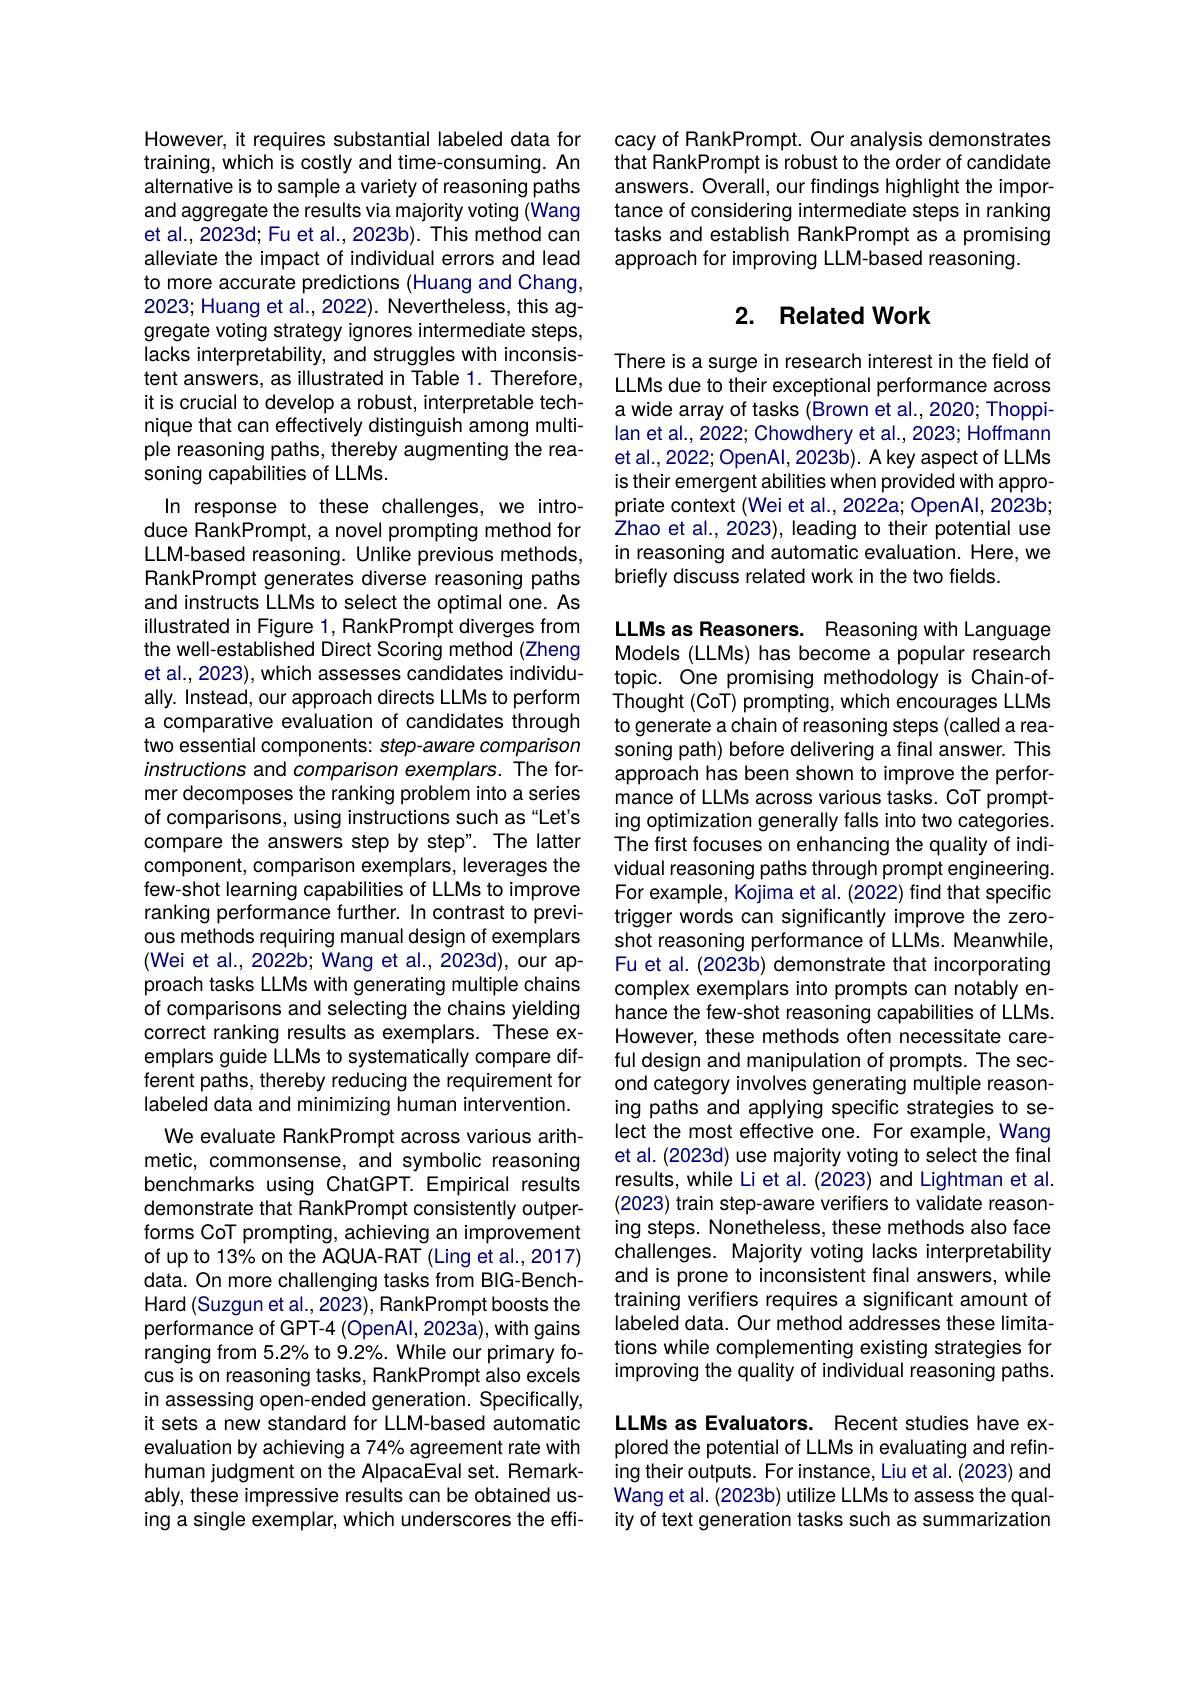
However, it requires substantial labeled data for training, which is costly and time-consuming. An alternative is to sample a variety of reasoning paths and aggregate the results via majority voting (Wang et al., 2023d; Fu et al., 2023b). This method can alleviate the impact of individual errors and lead to more accurate predictions (Huang and Chang, 2023; Huang et al., 2022). Nevertheless, this aggregate voting strategy ignores intermediate steps, lacks interpretability, and struggles with inconsistent answers, as illustrated in Table 1. Therefore, it is crucial to develop a robust, interpretable technique that can effectively distinguish among multiple reasoning paths, thereby augmenting the reasoning capabilities of LLMs.
In response to these challenges, we introduce RankPrompt, a novel prompting method for LLM-based reasoning. Unlike previous methods, RankPrompt generates diverse reasoning paths and instructs LLMs to select the optimal one. As illustrated in Figure 1, RankPrompt diverges from the well-established Direct Scoring method (Zheng et al., 2023), which assesses candidates individually. Instead, our approach directs LLMs to perform a comparative evaluation of candidates through two essential components: step-aware comparison instructions and comparison exemplars. The former decomposes the ranking problem into a series of comparisons, using instructions such as“Let's compare the answers step by step". The latter component, comparison exemplars, leverages the few-shot learning capabilities of LLMs to improve ranking performance further. In contrast to previous methods requiring manual design of exemplars (Wei et al., 2022b; Wang et al., 2023d), ouir approach tasks LLMs with generating multiple chains of comparisons and selecting the chains yielding correct ranking results as exemplars. These exemplars guide LLMs to systematically compare different paths, thereby reducing the requirement for labeled data and minimizing human intervention.
We evaluate RankPrompt across various arithmetic, commonsense, and symbolic reasoning benchmarks using ChatGPT. Empirical results demonstrate that RankPrompt consistently outperforms CoT prompting, achieving an improvement of up to 13% on the AQUA-RAT (Ling et al., 2017) data. On more challenging tasks from BIG-BenchHard (Suzgun et al., 2023), RankPrompt boosts the performance of GPT-4 (OpenAl,2023a), with gains ranging from 5.2% to 9.2%. While our primary focus is on reasoning tasks, RankPrompt also excels in assessing open-ended generation. Specifically, it sets a new standard for LLM-based automatic evaluation by achieving a 74% agreement rate with human judgment on the AlpacaEval set. Remarkably, these impressive results can be obtained using a single exemplar, which underscores the effi-

cacy of RankPrompt. Our analysis demonstrates that RankPrompt is robust to the order of candidate answers. Overall, our findings highlight the importance of considering intermediate steps in ranking tasks and establish RankPrompt as a promising approach for improving LLM-based reasoning.

## 2. Related Work

There is a surge in research interest in the field of LLMs due to their exceptional performance across a wide array of tasks (Brown et al.,2020; Thoppilan et al., 2022; Chowdhery et al., 2023; Hoffmann et al., 2022; OpenAl, 2023b). A key aspect of LLMs is their emergent abilities when provided with appropriate context (Wei et al., 2022a; OpenAl, 2023b; $\dot{\text{Zhao et al., 2023), leading to their potential use}}$ in reasoning and automatic evaluation. Here, we briefly discuss related work in the two fields.

LLMs as Reasoners. Reasoning with Language Models (LLMs) has become a popular research topic. One promising methodology is Chain-ofThought (CoT) prompting, which encourages LLMs to generate a chain of reasoning steps (called a reasoning path) before delivering a final answer. This approach has been shown to improve the performance of LLMs across various tasks. CoT prompting optimization generally falls into two categories The first focuses on enhancing the quality of individual reasoning paths through prompt engineering. For example, Kojima et al. (2022) find that specific trigger words can significantly improve the zeroshot reasoning performance of LLMs. Meanwhile, Fu et al. (2023b) demonstrate that incorporating complex exemplars into prompts can notably enhance the few-shot reasoning capabilities of LLMs However, these methods often necessitate careful design and manipulation of prompts. The second category involves generating multiple reasoning paths and applying specific strategies to select the most effective one. For example, Wang et al. (2023d) use majority voting to select the final results, while Li et al. (2023) and Lightman et al. (2023) train step-aware verifiers to validate reasoning steps. Nonetheless, these methods also face challenges. Majority voting lacks interpretability and is prone to inconsistent final answers, while training verifiers requires a significant amount of labeled data. Our method addresses these limitations while complementing existing strategies for improving the quality of individual reasoning paths. LLMs as Evaluators. Recent studies have explored the potential of LLMs in evaluating and refin-

ing their outputs. For instance, Liu et al. (2023) and Wang et al. (2023b) utilize LLMs to assess the quality of text generation tasks such as summarization